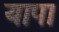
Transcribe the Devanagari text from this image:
यापा